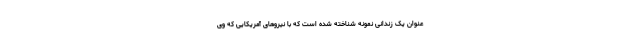
عنوان یک زندانی نمونه شناخته شده است که با نیروهای آمریکایی که وی